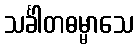
သင်္ခါတဓမ္မာသေ